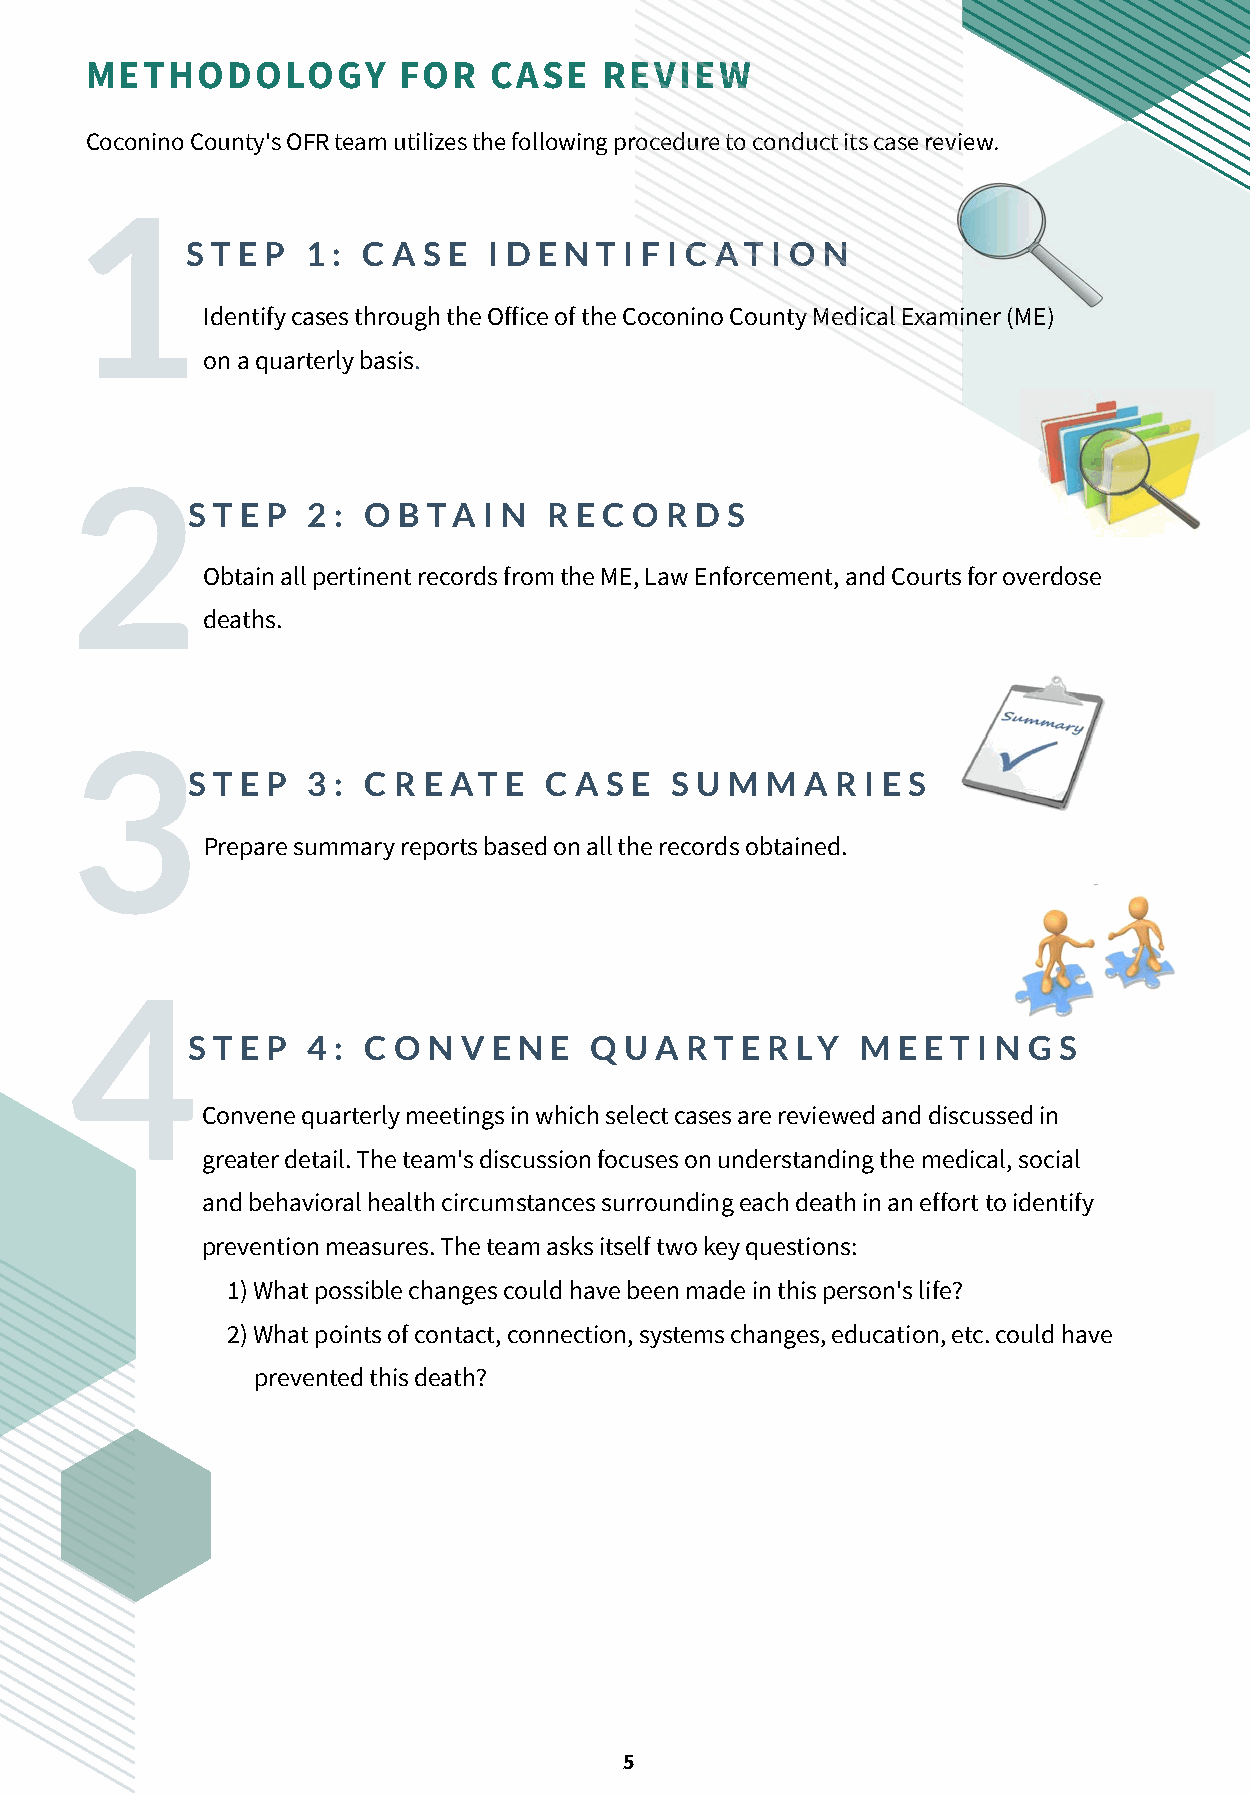
METHODOLOGY         FOR    CASE   REVIEW
 Coconino County's OFR team utilizes the following procedure to conduct its case review.
 1
 S T E P 1 : C A S E I D E N T I F I C AT I O N
 Identify cases through the Office of the Coconino County Medical Examiner (ME)
 on a quarterly basis.
 2
 S T E P 2 : O B TA  I N R E C O R D S
 Obtain all pertinent records from the ME, Law Enforcement, and Courts for overdose
 deaths.
 3
 S T E P 3 : C R E AT E  C A S E S U M  M A R I E S
 Prepare summary reports based on all the records obtained.
 4
 S T E P 4 : C O N  V E N E Q U A R T E R LY  M E E T I N G S
 Convene quarterly meetings in which select cases are reviewed and discussed in
 greater detail. The team's discussion focuses on understanding the medical, social
 and behavioral health circumstances surrounding each death in an effort to identify
 prevention measures. The team asks itself two key questions:
 1) What possible changes could have been made in this person's life?
 2) What points of contact, connection, systems changes, education, etc. could have
 prevented this death?
 5